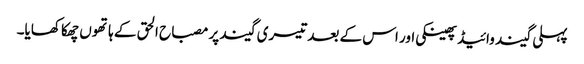
پہلی گیند وائیڈ پھینکی اور اس کے بعد تیسری گیند پر مصباح الحق کے ہاتھوں چھکا کھایا۔